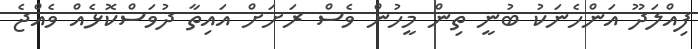
ފިއްލަދޫ އަންހެނަކު ބުނީ ތިން މީހުން ވެސް ރަށަށް އައިތާ ދުވަސްކޮޅެއް ވެއްޖެ